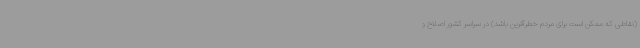
(نقاطی که ممکن است برای مردم خطرآفرین باشد) در سراسر کشور اصلاح و